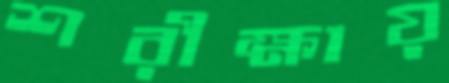
শরীক্ষায়